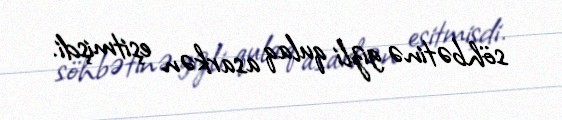
söhbətinə gizli qulaq asarkən eşitmişdi.